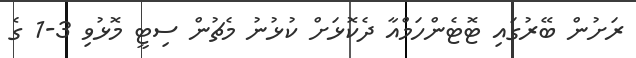
ރަށުން ބޭރުގައި ޓޮޓެންހަމްއާ ދެކޮޅަށް ކުޅުނު މެޗުން ސިޓީ މޮޅުވި 3-1 ގެ